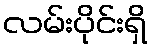
လမ်းပိုင်းရှိ